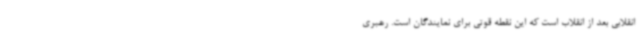
انقلابی بعد از انقلاب است که این نقطه قوتی برای نمایندگان است. رهبری